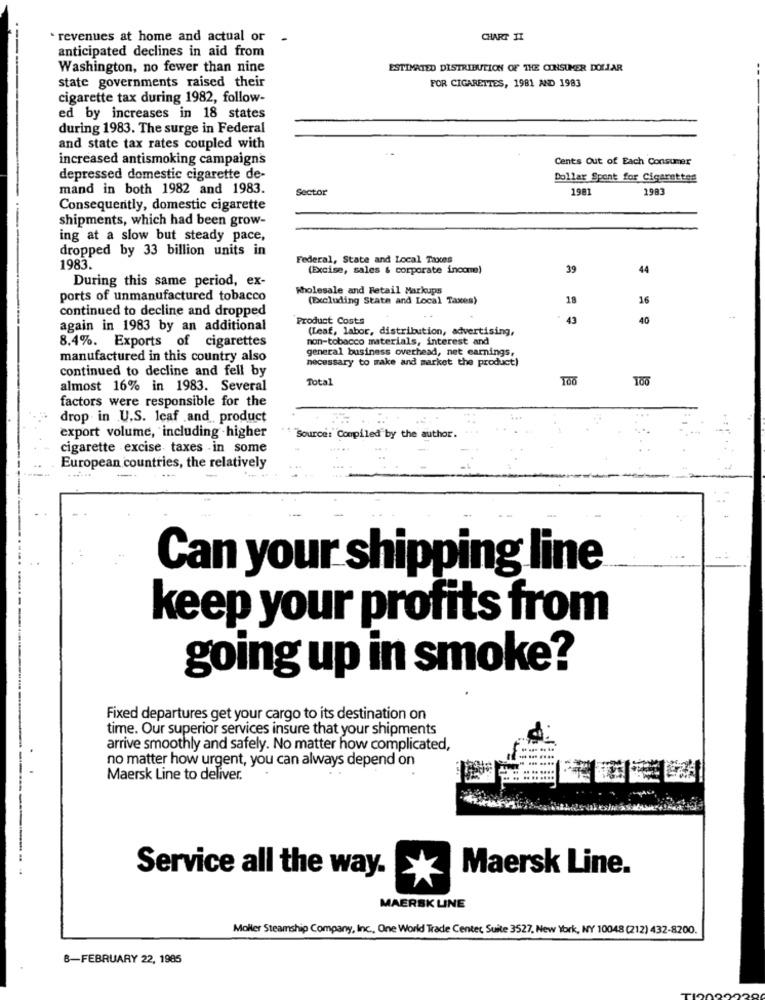
· revenues at home and actual or
CHART II
anticipated declines in aid from
Washington, no fewer than nine
ESTIMATED DISTRIBUTION OF THE CONSUMER DOLLAR
FOR CIGARETTES, 1981 AND 1983
state governments raised their
cigarette tax during 1982, follow-
ed by increases in 18 states
during 1983. The surge in Federal
and state tax rates coupled with
increased antismoking campaigns
Cents Out of Each Consumer
depressed domestic cigarette de-
Dollar Spont for Cigarettes
mand in both 1982 and 1983.
Sector
1981
198
Consequently, domestic cigarette
shipments, which had been grow-
ing at a slow but steady pace,
dropped by 33 billion units in
Federal, State and Local Taxes
1983.
(Excise, sales & corporate income)
39
44
During this same period, ex-
Wholesale and Retail Markups
ports of unmanufactured tobacco
(Excluding State and Local Taxes)
18
16
continued to decline and dropped
Product Costs
43
40
again in 1983 by an additional
(Leaf, labor, distribution, advertising,
non-tobacco materials, interest and
8.4%. Exports of cigarettes
general business overhead, net earnings,
manufactured in this country also
necessary to make and market the product)
continued to decline and fell by
Total
almost 16% in 1983. Several
factors were responsible for the
drop in U.S. lcaf and product
export volume, including higher
Source: Compiled by the author.
cigarette excise taxes -in some
European countries, the relatively
Can your shipping line
keep your profits from
going up in smoke?
Fixed departures get your cargo to its destination on
time. Our superior services insure that your shipments
arrive smoothly and safely. No matter how complicated,
.
no matter how urgent, you can always depend on
Maersk Line to deliver.
Service all the way.
Maersk Line.
MAERSK LINE
Moller Steamship Company, Inc ., One World Trade Center Suite 3527, New York, NY 10048 (212) 432-8200.
B-FEBRUARY 22, 1985